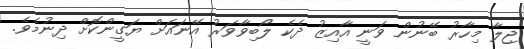
ޖިލާ މިހާރު ބޭނުން ވަނީ އާއިޒު ދެކެ ލޯބިވާވަރު އޭނައަށް ޔަގީންކޮށް ދިނުމެވެ.